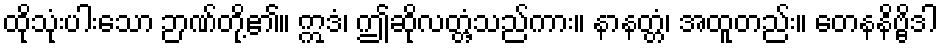
ထိုသုံးပါးသော ဉာဏ်တို့၏။ ဣဒံ၊ ဤဆိုလတ္တံ့သည်ကား။ နာနတ္တံ၊ အထူတည်း။ တေနနိဗ္ဗိဒါ